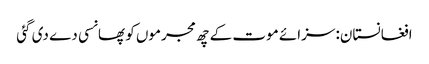
افغانستان: سزائے موت کے چھ مجرموں کو پھانسی دے دی گئی